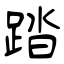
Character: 踏